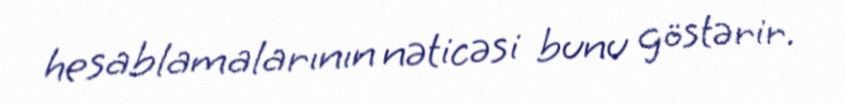
hesablamalarının nəticəsi bunu göstərir.